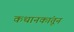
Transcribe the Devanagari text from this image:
कथानकांतून